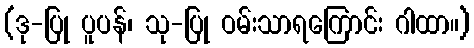
(ဒု-ပြု ပူပန်၊ သု-ပြု ဝမ်းသာရကြောင်း ဂါထာ။)